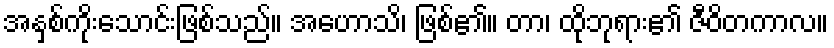
အနှစ်ကိုးသောင်းဖြစ်သည်။ အဟောသိ၊ ဖြစ်၏။ တာ၊ ထိုဘုရား၏ ဇီဝိတကာလ။